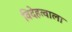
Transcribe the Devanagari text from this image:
विदेहत्वाला